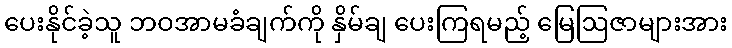
ပေးနိုင်ခဲ့သူ ဘဝအာမခံချက်ကို နှိမ်ချ ပေးကြရမည့် မြေဩဇာများအား